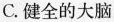
C.健全的大脑